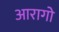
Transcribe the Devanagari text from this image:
आरागो